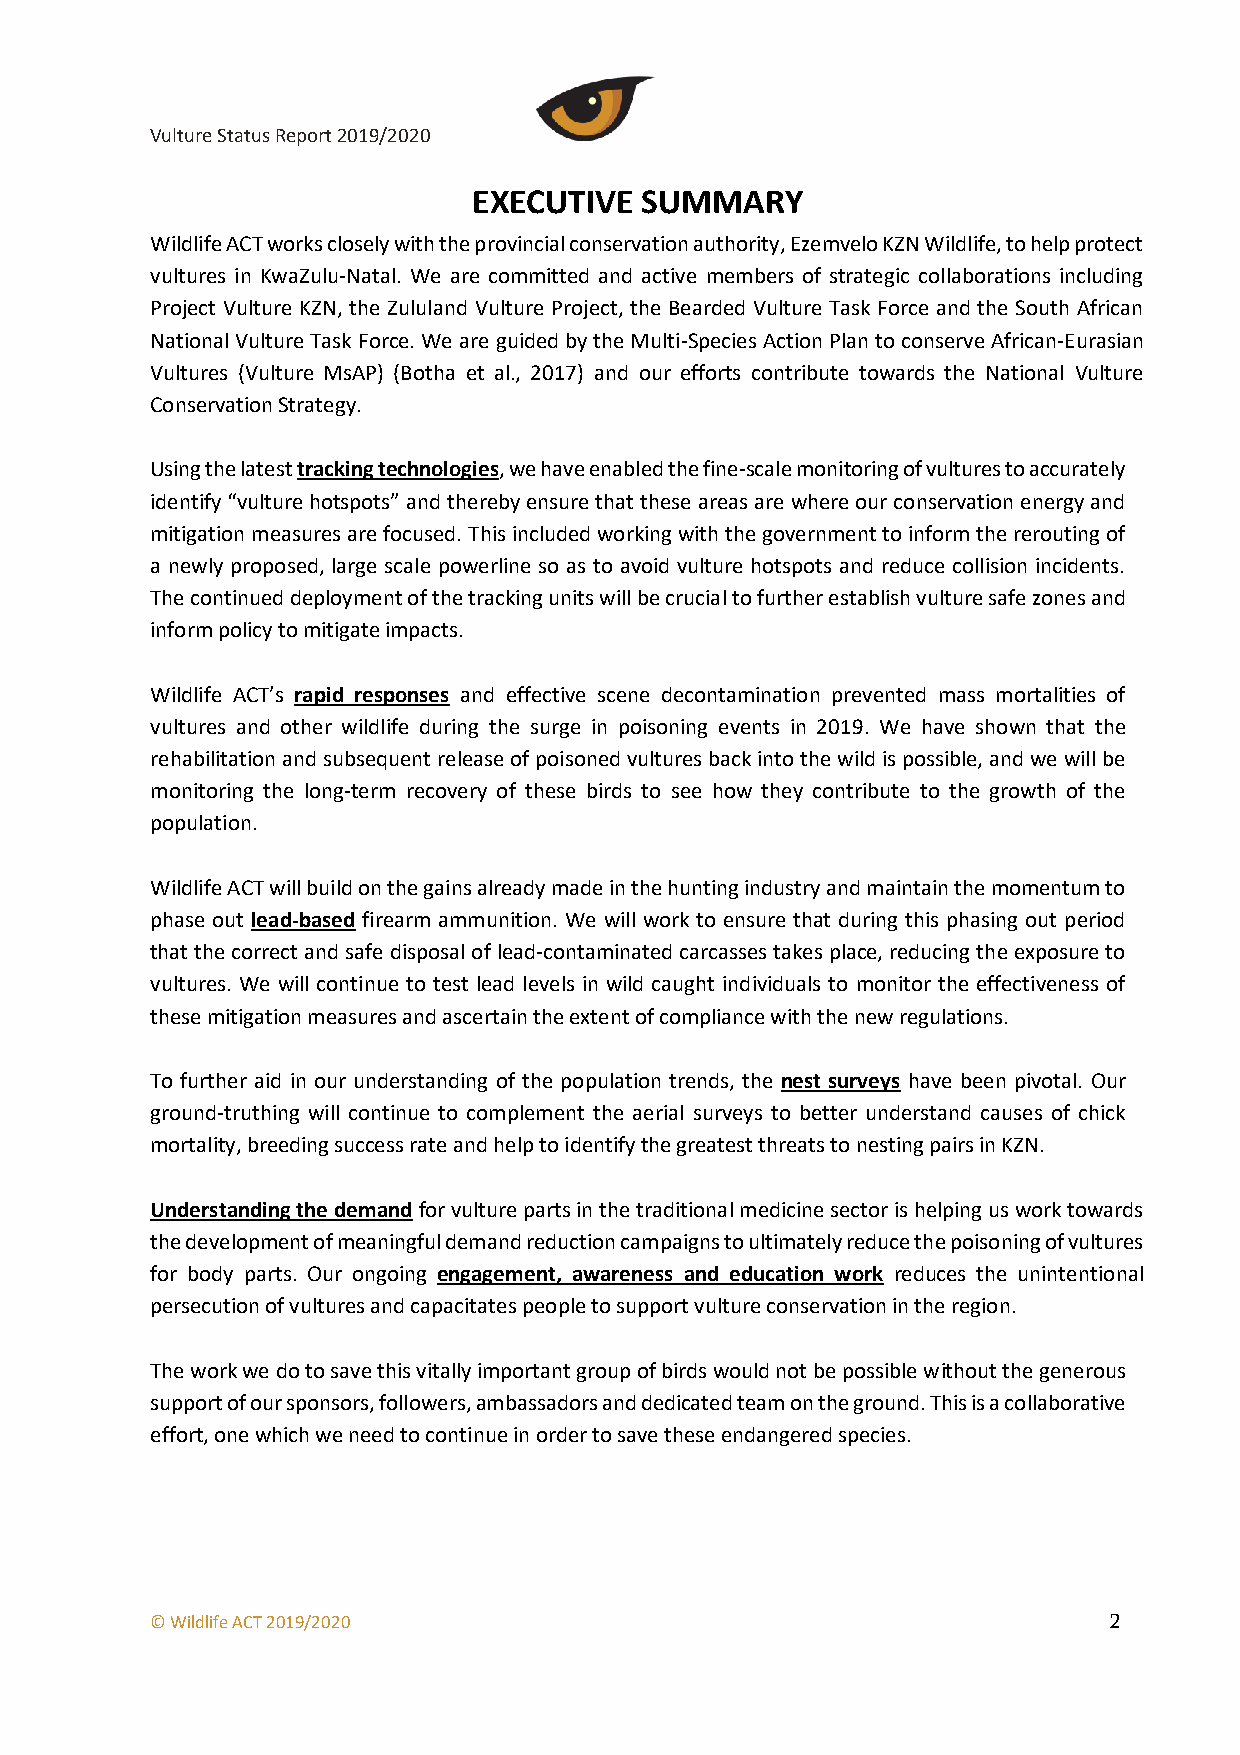
Vulture Status Report 2019/2020
 EXECUTIVE  SUMMARY
 Wildlife ACT works closely with the provincial conservation authority, Ezemvelo KZN Wildlife, to help protect
 vultures in KwaZulu-Natal. We are committed and active members of strategic collaborations including
 Project Vulture KZN, the Zululand Vulture Project, the Bearded Vulture Task Force and the South African
 National Vulture Task Force. We are guided by the Multi-Species Action Plan to conserve African-Eurasian
 Vultures (Vulture MsAP) (Botha et al., 2017) and our efforts contribute towards the National Vulture
 Conservation Strategy.
 Using the latest tracking technologies, we have enabled the fine-scale monitoring of vultures to accurately
 identify “vulture hotspots” and thereby ensure that these areas are where our conservation energy and
 mitigation measures are focused. This included working with the government to inform the rerouting of
 a newly proposed, large scale powerline so as to avoid vulture hotspots and reduce collision incidents.
 The continued deployment of the tracking units will be crucial to further establish vulture safe zones and
 inform policy to mitigate impacts.
 Wildlife ACT’s rapid responses and effective scene decontamination prevented mass mortalities of
 vultures and other wildlife during the surge in poisoning events in 2019. We have shown that the
 rehabilitation and subsequent release of poisoned vultures back into the wild is possible, and we will be
 monitoring the long-term recovery of these birds to see how they contribute to the growth of the
 population.
 Wildlife ACT will build on the gains already made in the hunting industry and maintain the momentum to
 phase out lead-based firearm ammunition. We will work to ensure that during this phasing out period
 that the correct and safe disposal of lead-contaminated carcasses takes place, reducing the exposure to
 vultures. We will continue to test lead levels in wild caught individuals to monitor the effectiveness of
 these mitigation measures and ascertain the extent of compliance with the new regulations.
 To further aid in our understanding of the population trends, the nest surveys have been pivotal. Our
 ground-truthing will continue to complement the aerial surveys to better understand causes of chick
 mortality, breeding success rate and help to identify the greatest threats to nesting pairs in KZN.
 Understanding the demand for vulture parts in the traditional medicine sector is helping us work towards
 the development of meaningful demand reduction campaigns to ultimately reduce the poisoning of vultures
 for body parts. Our ongoing engagement, awareness and education work reduces the unintentional
 persecution of vultures and capacitates people to support vulture conservation in the region.
 The work we do to save this vitally important group of birds would not be possible without the generous
 support of our sponsors, followers, ambassadors and dedicated team on the ground. This is a collaborative
 effort, one which we need to continue in order to save these endangered species.
 © Wildlife ACT 2019/2020                                       2